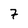
Character: 7